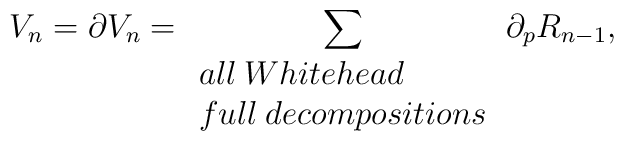
V_{n}=\partial V_{n} =\sum _{\begin{array}{ll} all \:  Whitehead \\ full\:decompositions \end{array}} \partial _{p} R_{n-1}  ,